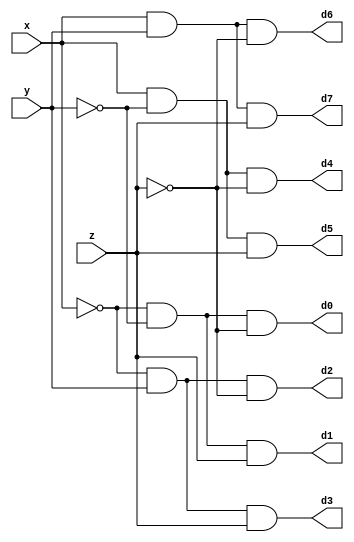
module DECODER(d0,d1,d2,d3,d4,d5,d6,d7,x,y,z);
input x,y,z;
output d0,d1,d2,d3,d4,d5,d6,d7;
wire x0,y0,z0;
not n1(x0,x);
not n2(y0,y);
not n3(z0,z);
and a0(d0,x0,y0,z0);
and a1(d1,x0,y0,z);
and a2(d2,x0,y,z0);
and a3(d3,x0,y,z);
and a4(d4,x,y0,z0);
and a5(d5,x,y0,z);
and a6(d6,x,y,z0);
and a7(d7,x,y,z);
endmodule

module FADDER(s,c,x,y,z);
input x,y,z;
wire d0,d1,d2,d3,d4,d5,d6,d7;
output s,c;
DECODER dec(d0,d1,d2,d3,d4,d5,d6,d7,x,y,z);
assign s = d1 | d2 | d4 | d7,
 c = d3 | d5 | d6 | d7;
endmodule

module FADDER_8(s,c,x,y);
	input [0:7]x;
	input [0:7]y;
	wire a,b,d,e,f,g,h,i;
	output [0:7]s;
	output c;
	FADDER f0(s[0],a,x[0],y[0],1'b0);
	FADDER f1(s[1],b,x[1],y[1],a);
	FADDER f2(s[2],d,x[2],y[2],b);
	FADDER f3(s[3],e,x[3],y[3],d);
	FADDER f4(s[4],f,x[4],y[4],e);
	FADDER f5(s[5],g,x[5],y[5],f);
	FADDER f6(s[6],h,x[6],y[6],g);
	FADDER f7(s[7],c,x[7],y[7],h);
endmodule

module testbench;
 reg [7:0]x;
 reg [7:0]y;
 wire [7:0]s;
 wire c;
 FADDER_8 f(s,c,x,y);
 initial
 $monitor(,$time," x=%b,y=%b,,s=%b,c=%b",x,y,s,c);
 initial
 begin
 #0 x=7;y=8'b00000000;
 #2 x=8'b00011111;y=8'b00101010;
 #2 x=8'b00000000;y=8'b11111111;
 #2 x=8'b01010101;y=8'b00000001;
 #2 x=8'b00111011;y=8'b10100000;
 #2 x=8'b11111111;y=8'b11111111;
 end
endmodule